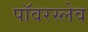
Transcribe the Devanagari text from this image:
पॉवरस्लेव